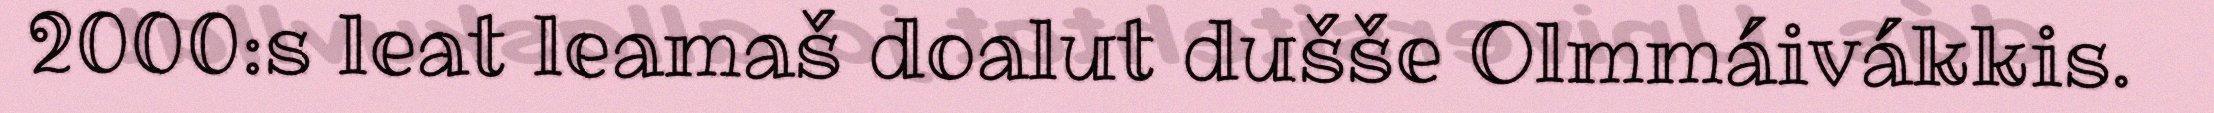
2000:s leat leamaš doalut dušše Olmmáivákkis.